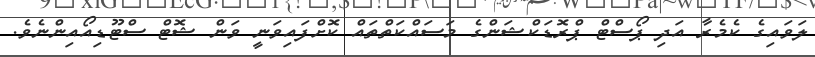
ލަވައިގެ ކެމެރާ އަދި ޕޯސްޓް ޕްރޮޑަކްޝަންގެ މަސައްކަތްތައް ކޮށްފައިވަނީ ވަން ޝޮޓް ސްޓޫޑިއޯއިންނެވެ.